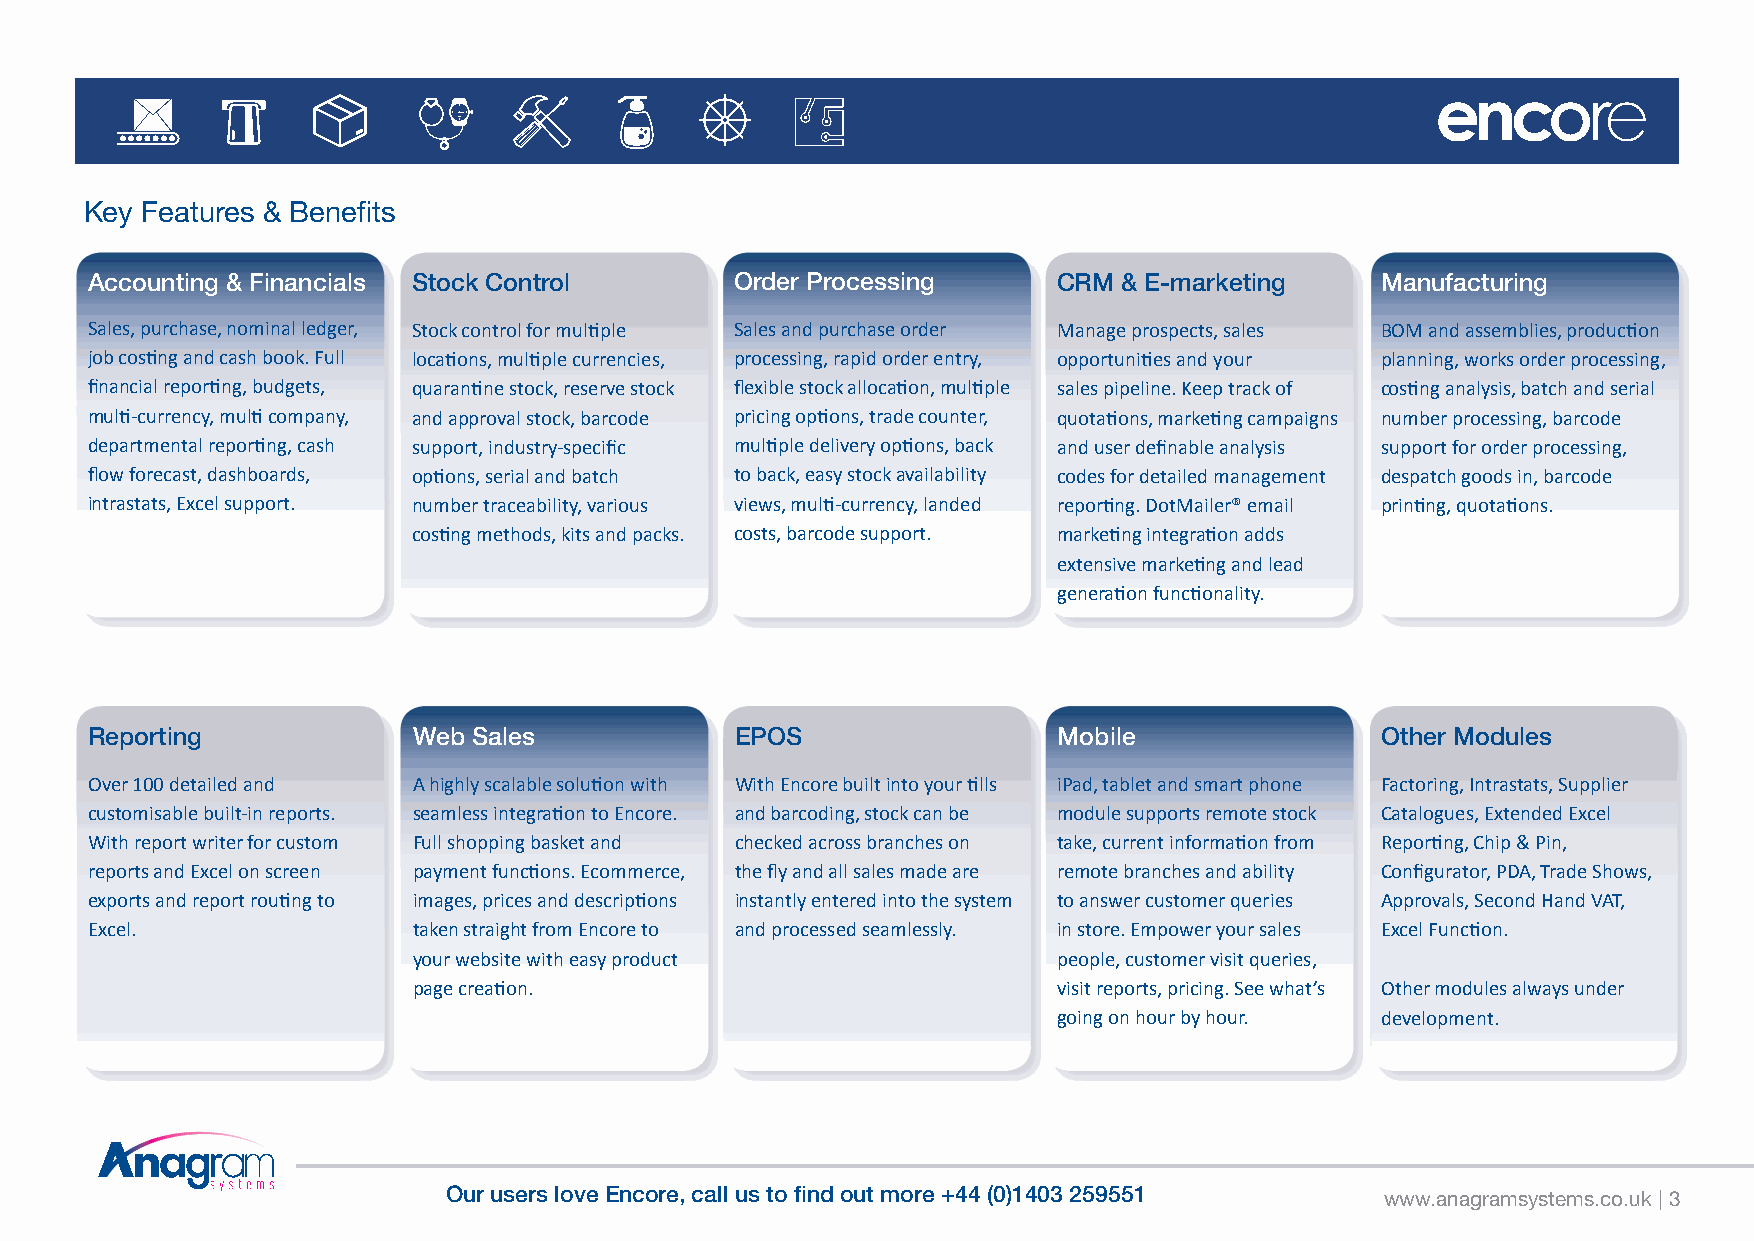
Key Features & Benefits
 Accounting & Financials Stock Control      Order Processing     CRM & E-marketing    Manufacturing
 Sales, purchase, nominal ledger, Stock control for multiple Sales and purchase order Manage prospects, sales BOM and assemblies, production
 job costing and cash book. Full locations, multiple currencies, processing, rapid order entry, opportunities and your planning, works order processing,
 financial reporting, budgets, quarantine stock, reserve stock flexible stock allocation, multiple sales pipeline. Keep track of costing analysis, batch and serial
 multi-currency, multi company, and approval stock, barcode pricing options, trade counter, quotations, marketing campaigns number processing, barcode
 departmental reporting, cash support, industry-specific multiple delivery options, back and user definable analysis support for order processing,
 flow forecast, dashboards, options, serial and batch to back, easy stock availability codes for detailed management despatch goods in, barcode
 intrastats, Excel support. number traceability, various views, multi-currency, landed reporting. DotMailer® email printing, quotations.
 costing methods, kits and packs. costs, barcode support. marketing integration adds
 extensive marketing and lead
 generation functionality.
 Reporting            Web Sales             EPOS                 Mobile               Other Modules
 Over 100 detailed and A highly scalable solution with With Encore built into your tills iPad, tablet and smart phone Factoring, Intrastats, Supplier
 customisable built-in reports. seamless integration to Encore. and barcoding, stock can be module supports remote stock Catalogues, Extended Excel
 With report writer for custom Full shopping basket and checked across branches on take, current information from Reporting, Chip & Pin,
 reports and Excel on screen payment functions. Ecommerce, the fly and all sales made are remote branches and ability Configurator, PDA, Trade Shows,
 exports and report routing to images, prices and descriptions instantly entered into the system to answer customer queries Approvals, Second Hand VAT,
 Excel.               taken straight from Encore to and processed seamlessly. in store. Empower your sales Excel Function.
 your website with easy product             people, customer visit queries,
 page creation.                             visit reports, pricing. See what’s Other modules always under
 going on hour by hour. development.
 Our users love Encore, call us to find out more +44 (0)1403 259551 www.anagramsystems.co.uk | 3